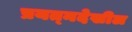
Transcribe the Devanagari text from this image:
प्रयत्‍नदेखील